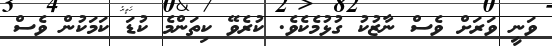
ވަނީ ވަރަށް ވެސް ނާޒުކު ގުޅުމެކެވެ. ކުރެވޭ ކިތަންމެ ކުޑަ ކަމަކުން ވެސް